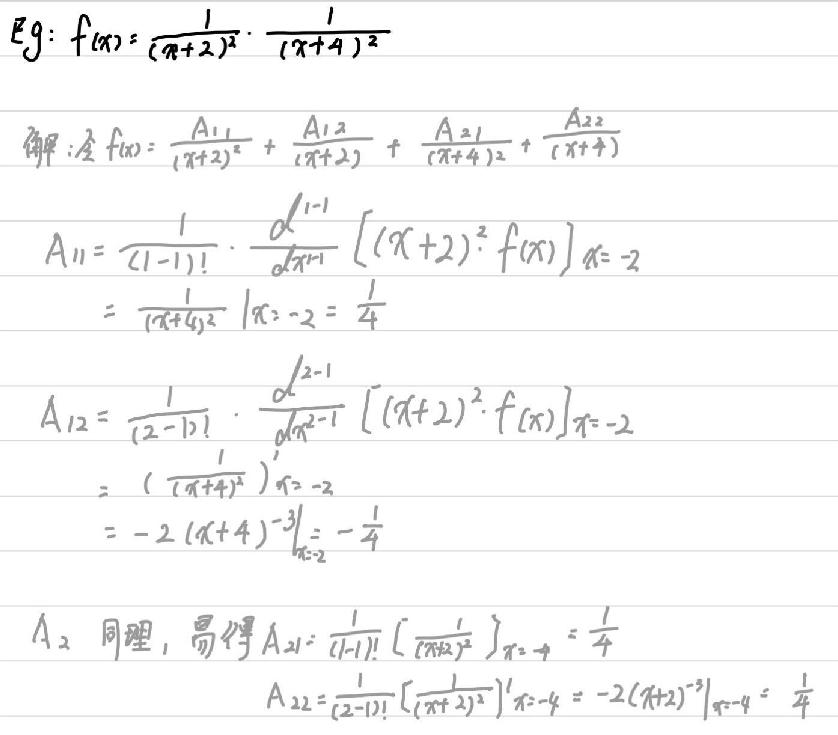
\(Eg: f(x)=\frac{1}{(x + 2)^2}\cdot\frac{1}{(x + 4)^2}\)\\
解: 令\( f(x)=\frac{A_{11}}{(x + 2)^2}+\frac{A_{12}}{(x + 2)}+\frac{A_{21}}{(x + 4)^2}+\frac{A_{22}}{(x + 4)}\)\\
\(A_{11}=\frac{1}{(1 - 1)!}\cdot\frac{d^{1-1}}{dx^{1-1}}[(x + 2)^2f(x)]_{x=-2}=\frac{1}{(x + 4)^2}\big|_{x=-2}=\frac{1}{4}\)\\
\(A_{12}=\frac{1}{(2 - 1)!}\cdot\frac{d^{2-1}}{dx^{2-1}}[(x + 2)^2f(x)]_{x=-2}=(\frac{1}{(x + 4)^2})'_{x=-2}=-2(x + 4)^{-3}\big|_{x=-2}=-\frac{1}{4}\)\\
\(A_{21} \)同理, 易得\( A_{21}=\frac{1}{(1 - 1)!}[\frac{1}{(x + 2)^2}]_{x=-4}=\frac{1}{4}\)\\
\(A_{22}=\frac{1}{(2 - 1)!}[\frac{1}{(x + 2)^2}]'_{x=-4}=-2(x + 2)^{-3}\big|_{x=-4}=\frac{1}{4}\)